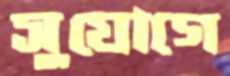
সুযোগে